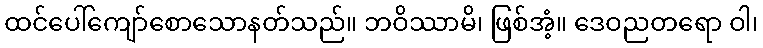
ထင်ပေါ်ကျော်စောသောနတ်သည်။ ဘဝိဿာမိ၊ ဖြစ်အံ့။ ဒေဝညတရော ဝါ၊